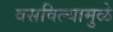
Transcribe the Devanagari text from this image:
वसविल्यामुळे